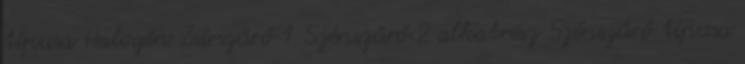
típusa Halogén Zsírszűrő 1 Szénszűrő 2 alkatrész Szénszűrő típusa